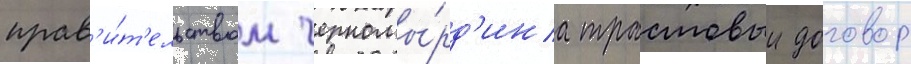
прав'и́т'ельством черномы́рд'ина трастовыи договор